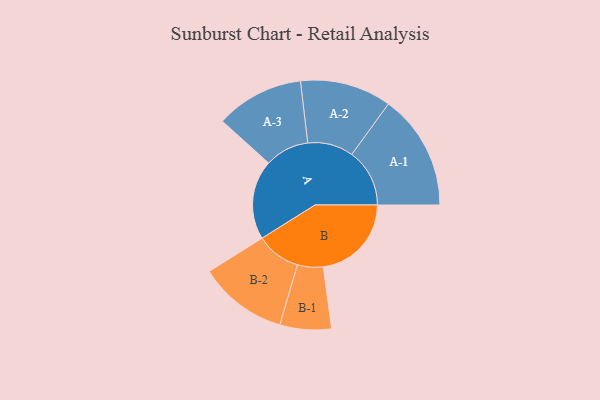
{"axis": {"x": "Segment", "y": "Value"}, "legend": ["", "A", "B"], "data": [{"x": "A", "y": 393, "type": ""}, {"x": "B", "y": 436, "type": ""}, {"x": "A-1", "y": 286, "type": "A"}, {"x": "A-2", "y": 226, "type": "A"}, {"x": "A-3", "y": 218, "type": "A"}, {"x": "B-1", "y": 127, "type": "B"}, {"x": "B-2", "y": 220, "type": "B"}]}